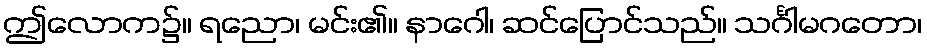
ဤလောက၌။ ရညော၊ မင်း၏။ နာဂေါ၊ ဆင်ပြောင်သည်။ သင်္ဂါမဂတော၊